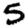
Digit: 5